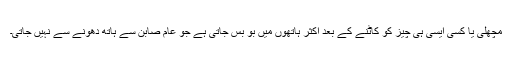
مچھلی یا کسی ایسی ہی چیز کو کاٹنے کے بعد اکثر ہاتھوں میں بو بس جاتی ہے جو عام صابن سے ہاتھ دھونے سے نہیں جاتی۔